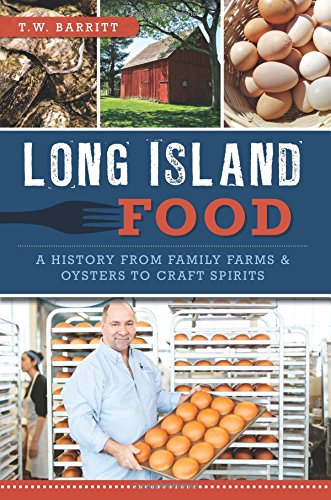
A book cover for Long Island Food (American Palate); T.W. Barritt; Cookbooks, Food & Wine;